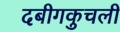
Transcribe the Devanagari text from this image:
दबीगकुचली